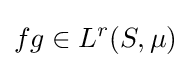
fg\in L^{r}(S,\mu )